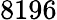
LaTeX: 8196